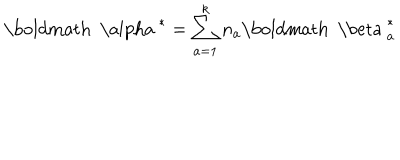
{ \mathrm { \boldmath ~ \ a l p h a ~ } } ^ { * } = \sum _ { a = 1 } ^ { k } n _ { a } { { \mathrm { \boldmath ~ \ b e t a ~ } } _ { a } ^ { * } }